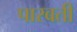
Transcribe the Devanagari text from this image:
पारबती